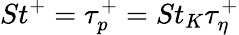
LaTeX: St^{+}=\tau_{p}^{+}=St_{K}\tau_{\eta}^{+}